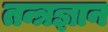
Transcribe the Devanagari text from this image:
तन्त्रज्ञान